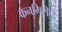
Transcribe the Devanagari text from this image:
कनगिरीचे